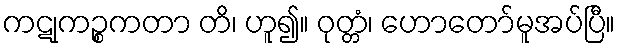
ကဋုကဉ္စကတာ တိ၊ ဟူ၍။ ဝုတ္တံ၊ ဟောတော်မူအပ်ပြီ။